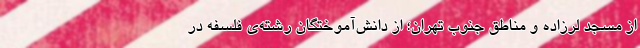
از مسجد لرزاده و مناطق جنوب تهران؛ از دانش‌آموختگان رشته‌ی فلسفه در